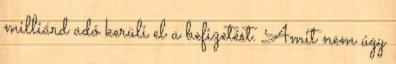
milliárd adó kerüli el a befizetést. Amit nem úgy